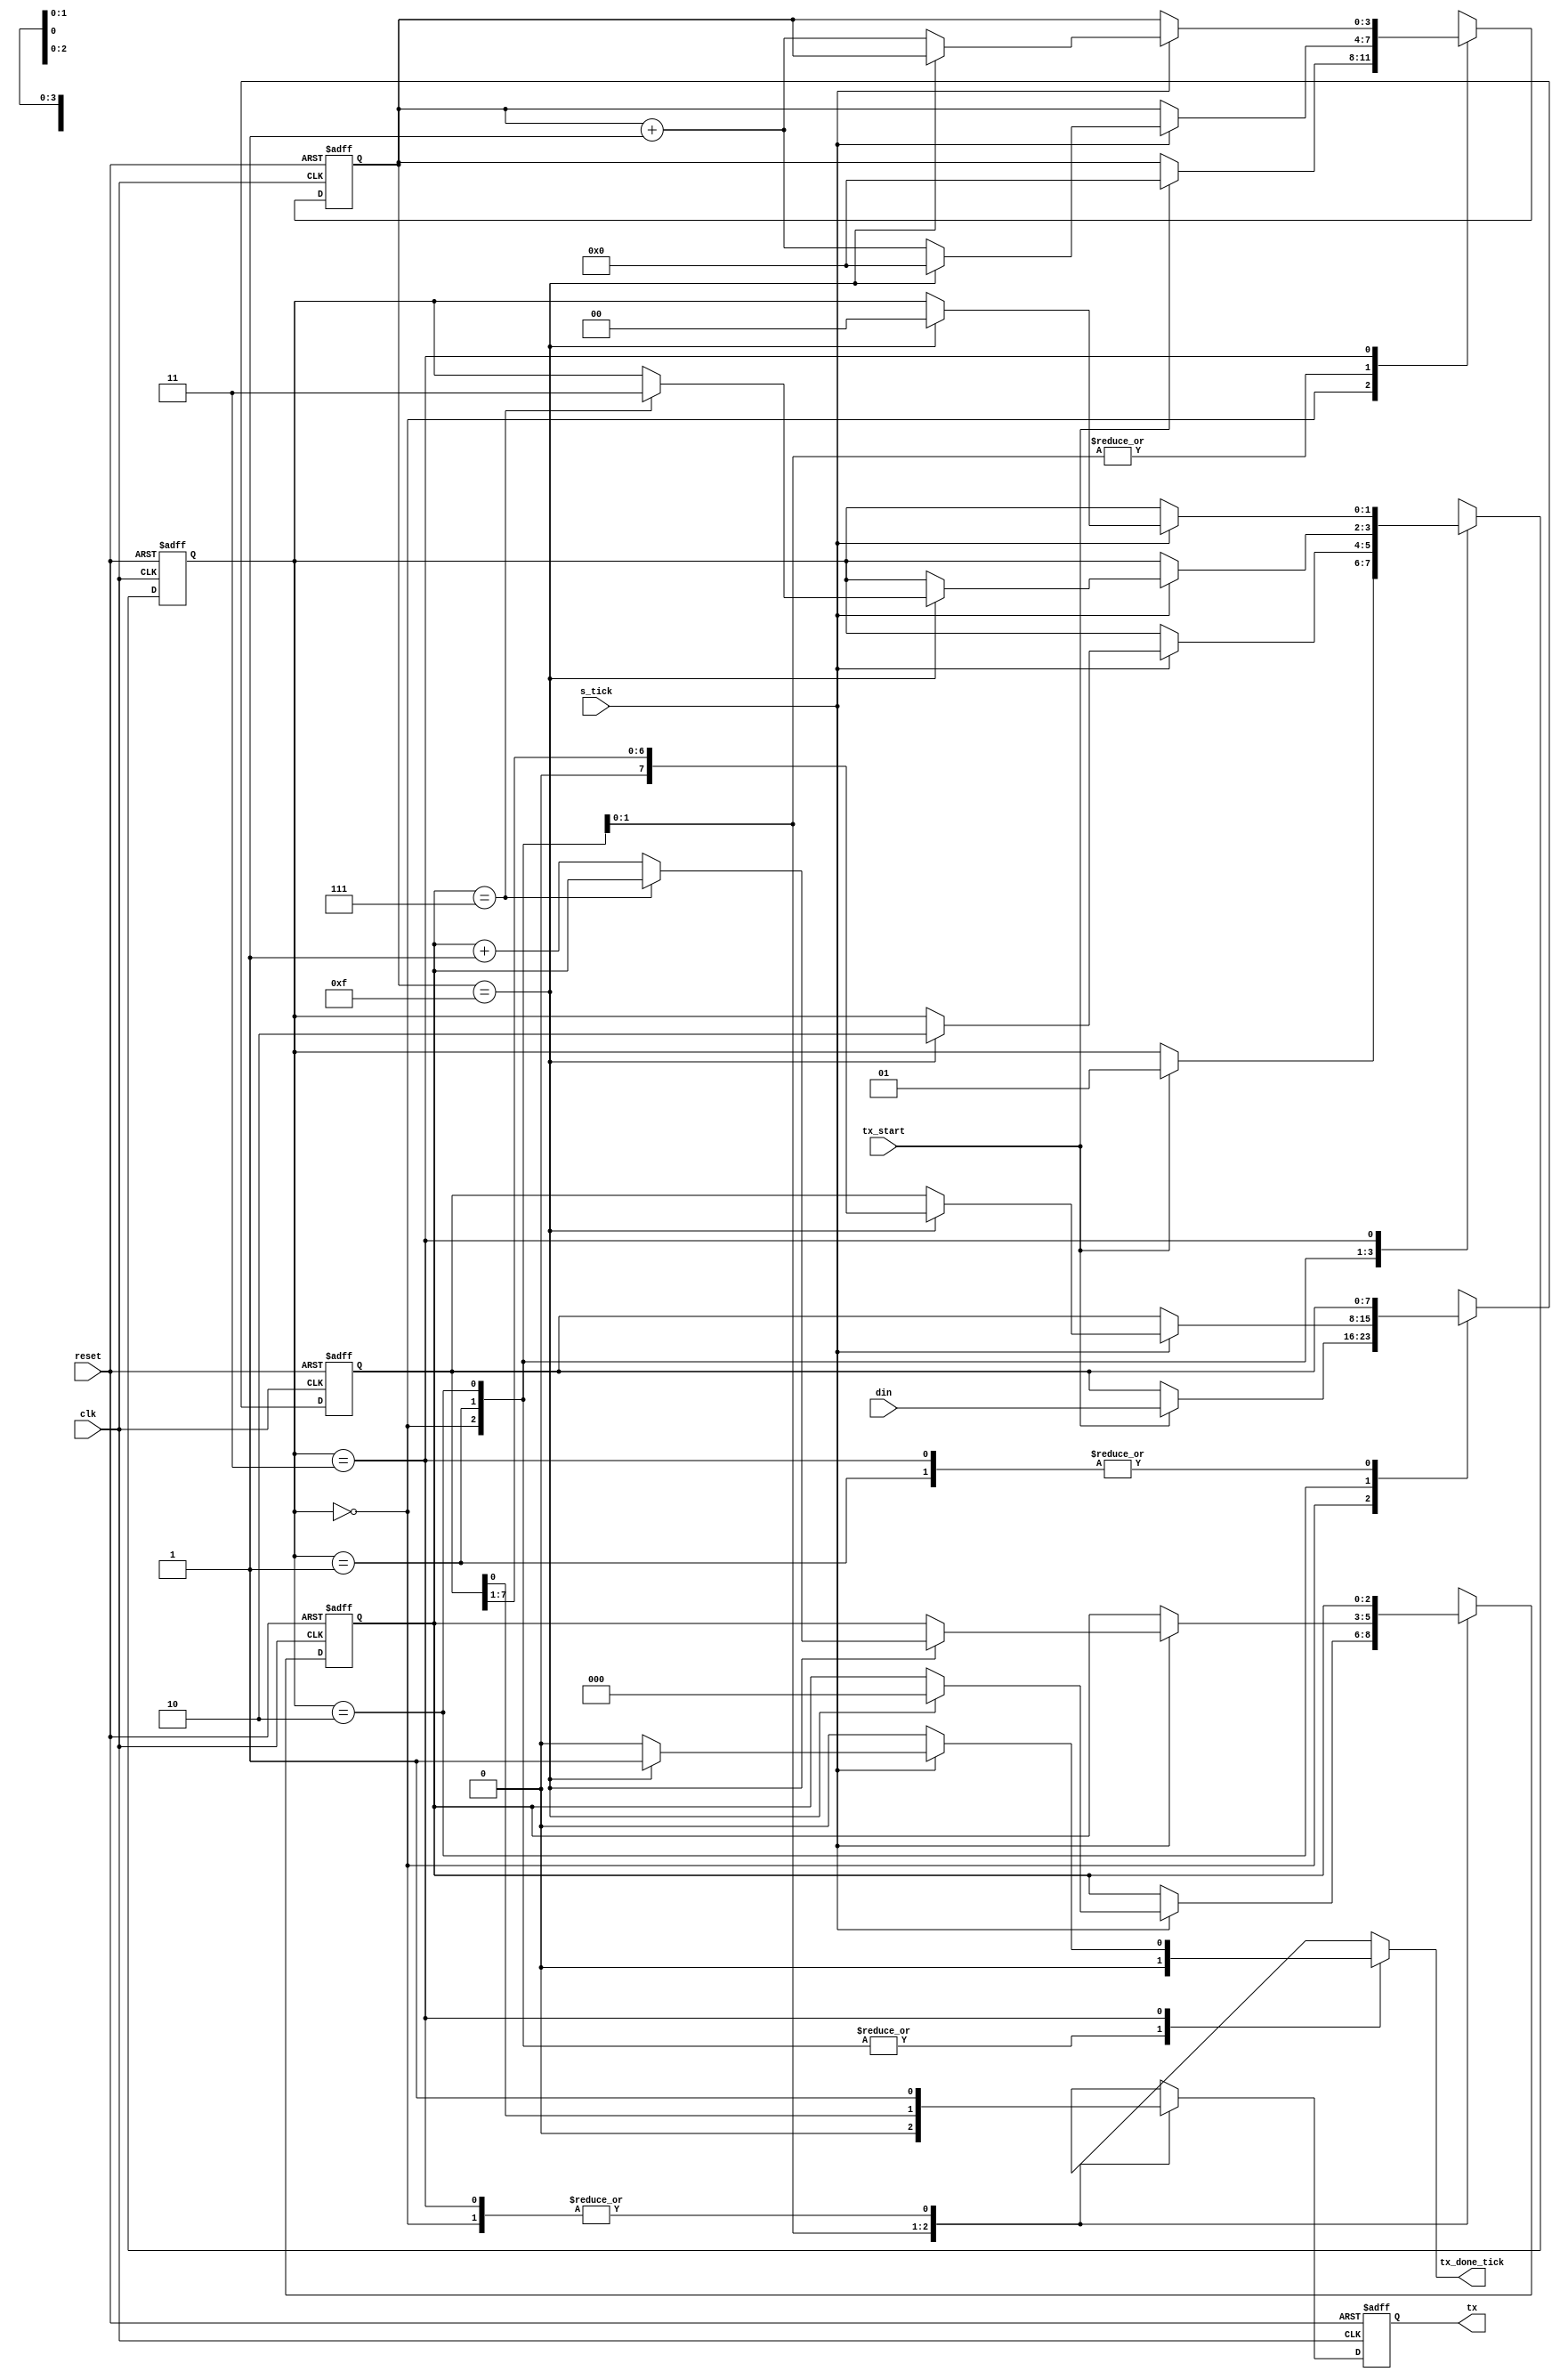
`timescale 1ns / 1ps

module TX #(parameter DBIT=8, SB_TICK=16)
	(
	//INPUTS
    input wire clk, reset,
    input wire tx_start, s_tick,
    input wire [7:0] din,
    //OUTPUTS
    output reg tx_done_tick,
    output wire tx
    );
	
	// declaracin de estados simblicos
	localparam [1:0]
		idle	= 2'b00,
		start	= 2'b01,
		data	= 2'b10,
		stop	= 2'b11;
	
	// declaracin de seales
	reg [1:0] state_reg, state_next;
	reg [3:0] s_reg, s_next;
	reg [2:0] n_reg, n_next;
	reg [7:0] b_reg, b_next;
	reg tx_reg, tx_next;
	
	// cuerpo
	// registros de datos y estados de la FSMD
	always @(posedge clk, posedge reset)
		if (reset)
			begin
				state_reg <= idle;
				s_reg <= 0;
				n_reg <= 0;
				b_reg <= 0;
				tx_reg <= 1'b1;
			end
		else
			begin
				state_reg <= state_next;
				s_reg <= s_next;
				n_reg <= n_next;
				b_reg <= b_next;
				tx_reg <= tx_next;
			end
	
	// lgica de prximo estado de la FSMD y unidades funcionales
	always @*
	begin
		state_next = state_reg;
		tx_done_tick = 1'b0;
		s_next = s_reg;
		n_next = n_reg;
		b_next = b_reg;
		tx_next = tx_reg;
		case (state_reg)
			idle:
				begin
					tx_next = 1'b1;
					if (tx_start)
						begin
							state_next = start;
							s_next = 0;
							b_next = din;
						end
				end
			start:
				begin
					tx_next = 1'b0;
					if (s_tick)
						if (s_reg == 15)
							begin
								state_next = data;
								s_next = 0;
								n_next = 0;
							end
						else
							s_next = s_reg + 1;
				end
			data:
				begin
					tx_next = b_reg[0];
					if (s_tick)
						if (s_reg == 15)
							begin
								s_next = 0;
								b_next = b_reg >> 1;
								if (n_reg == (DBIT - 1))
									state_next = stop;
								else
									n_next = n_reg + 1;
							end
						else
							s_next = s_reg + 1;
				end
			stop:
				begin
					tx_next = 1'b1;
					if (s_tick)
						if (s_reg == (SB_TICK - 1))
							begin
								state_next = idle;
								tx_done_tick = 1'b1;
							end
						else
							s_next = s_reg + 1;
				end
		endcase
	end
	
	// salida
	assign tx = tx_reg;

endmodule